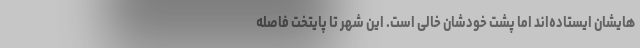
هایشان ایستاده‌اند اما پشت خودشان خالی است. این شهر تا پایتخت فاصله